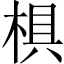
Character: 椇